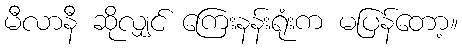
မီလာနီ ဆိုလျှင် ကြေးနန်းရုံးက မပြန်တော့။